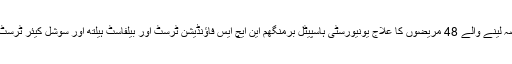
اس تحقیق میں حصہ لینے والے 48 مریضوں کا علاج یونیورسٹی ہاسپیٹل برمنگھم این ایچ ایس فاؤنڈیشن ٹرسٹ اور بیلفاسٹ ہیلتھ اور سوشل کیئر ٹرسٹ میں کیا جائے گا۔